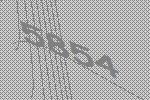
5854